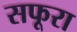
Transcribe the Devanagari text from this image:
सफूरा